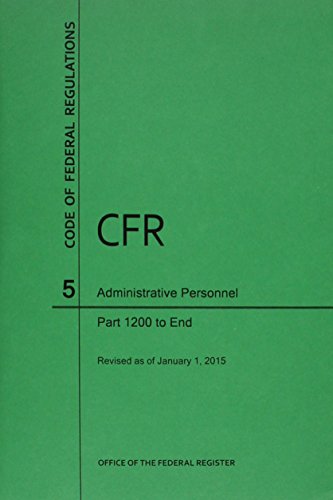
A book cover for Code of Federal Regulations Title 5, Administrative Personnel, Parts 1200-end, 2015; Law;